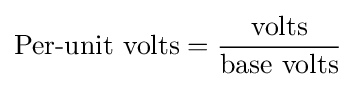
{\text{Per-unit volts}}={\frac {\text{volts}}{\text{base volts}}}